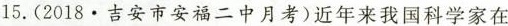
15.(2018·吉安市安福二中月考)近年来我国科学家在